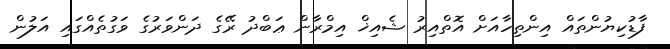
ފާޑުކިޔުންތައް އިންތިހާއަށް އޮތްއިރު ޝެއިޚް އިމްރާން ޢަބްދު ރޭގެ ދަންވަރުގެ ވަގުތެއްގައި އަލުން